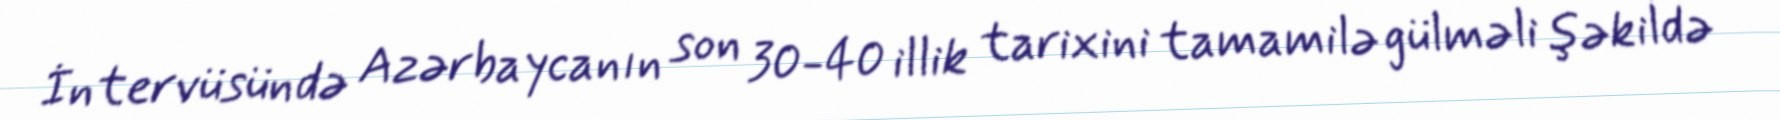
İntervüsündə Azərbaycanın son 30-40 illik tarixini tamamilə gülməli şəkildə